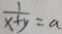
\frac { 1 } { x + y } = a